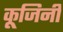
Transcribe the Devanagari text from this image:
कूजिनी